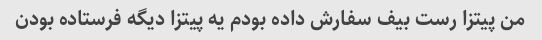
من پیتزا رست بیف سفارش داده بودم یه پیتزا دیگه فرستاده بودن